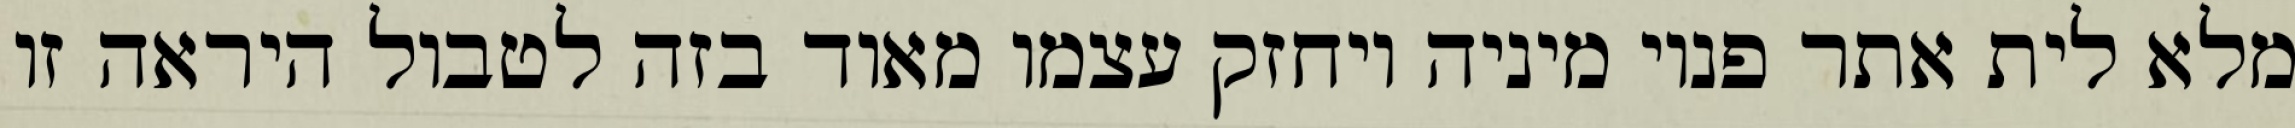
מלא לית אתר פנוי מיניה ויחזק עצמו מאוד בזה לטבול היראה זו